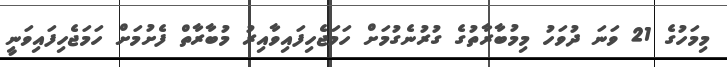
މިމަހުގެ 21 ވަނަ ދުވަހު މިމުބާރާތުގެ ގުރުނެގުމަށް ހަމަޖެހިފައިވާއިރު މުބާރާތް ފެށުމަށް ހަމަޖެހިފައިވަނީ